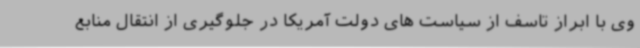
وی با ابراز تاسف از سیاست های دولت آمریکا در جلوگیری از انتقال منابع